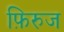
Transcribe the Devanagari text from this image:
फ़िरुज